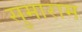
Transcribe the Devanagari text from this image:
सुमाराम